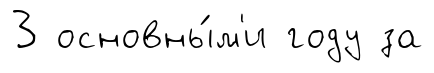
3 основны́м'и году за